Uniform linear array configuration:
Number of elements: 64
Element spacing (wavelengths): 0.5
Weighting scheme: uniform
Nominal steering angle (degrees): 60
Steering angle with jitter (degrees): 58.147
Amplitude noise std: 0.05
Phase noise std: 0.05

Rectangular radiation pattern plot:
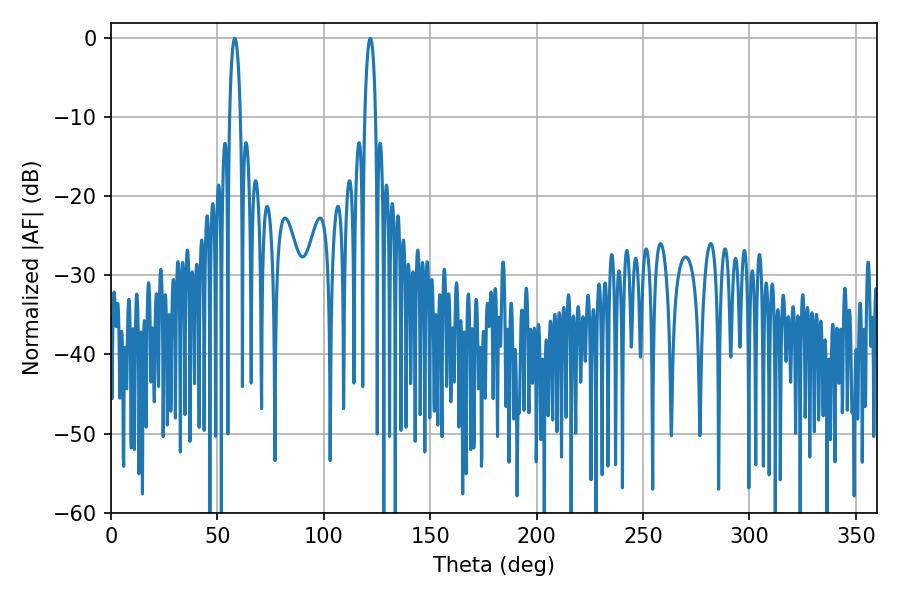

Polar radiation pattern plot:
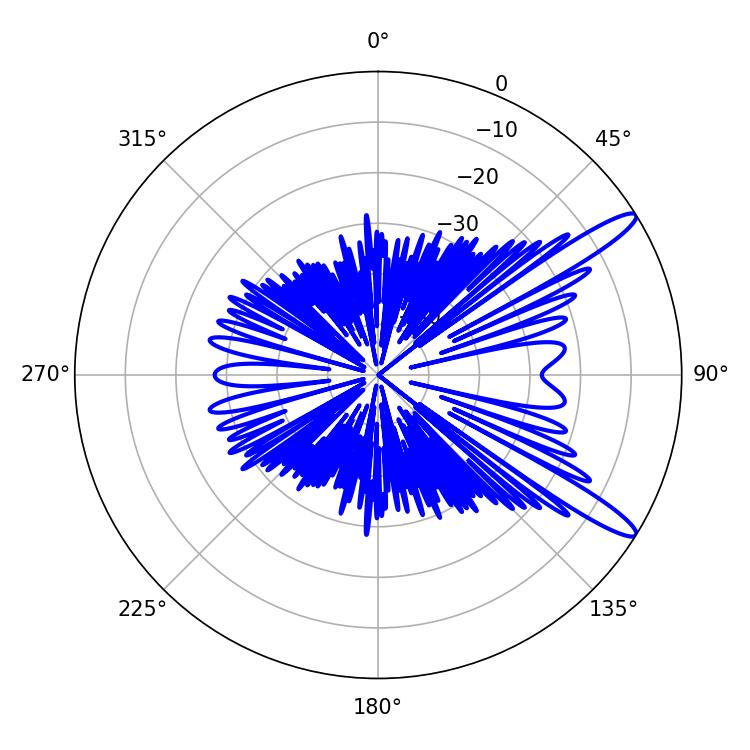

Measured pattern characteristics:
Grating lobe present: FALSE
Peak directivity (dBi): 13.019
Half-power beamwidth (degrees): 2.88
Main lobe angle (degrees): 58.14